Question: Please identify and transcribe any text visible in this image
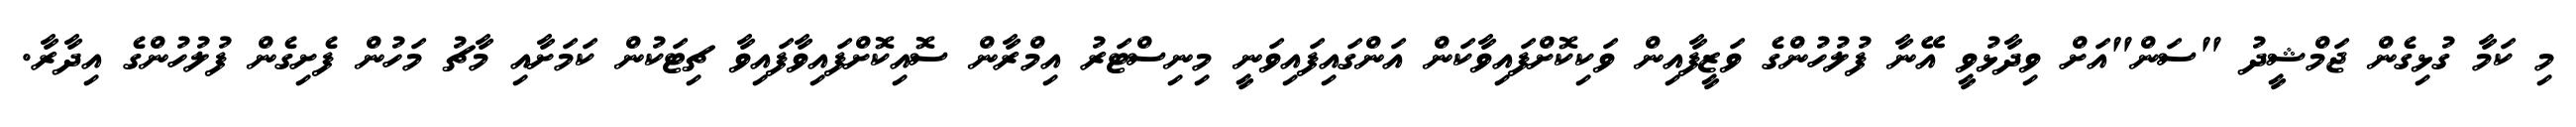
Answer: މި ކަމާ ގުޅިގެން ޖަމްޝީދު "ސަން"އަށް ވިދާޅުވީ އޭނާ ފުލުހުންގެ ވަޒީފާއިން ވަކިކޮށްފައިވާކަން އަންގައިފައިވަނީ މިނިސްޓަރު އިމްރާން ސޮއިކޮށްފައިވާފައިވާ ޗިޓަކުން ކަމަށާއި މާޗު މަހުން ފެށިގެން ފުލުހުންގެ އިދާރާ.